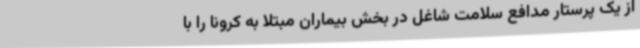
از یک پرستار مدافع سلامت شاغل در بخش بیماران مبتلا به کرونا را با